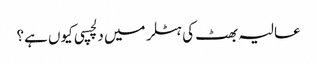
عالیہ بھٹ کی ہٹلر میں دلچسپی کیوں ہے؟